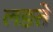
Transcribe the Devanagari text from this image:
लङते